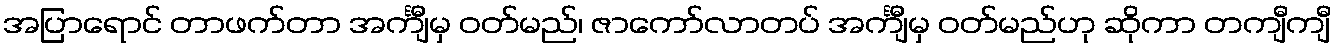
အပြာရောင် တာဖက်တာ အင်္ကျီမှ ဝတ်မည်၊ ဇာကော်လာတပ် အင်္ကျီမှ ဝတ်မည်ဟု ဆိုကာ တကျီကျီ